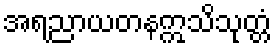
အရညာယတနဣသိသုတ္တံ